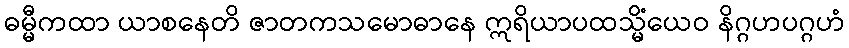
ဓမ္မီကထာ ယာစနေတိ ဇာတကသမောဓာနေ ဣရိယာပထသ္မိံယေဝ နိဂ္ဂဟပဂ္ဂဟံ